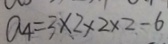
a _ { 4 } = 3 \times 2 \times 2 \times 2 - 6